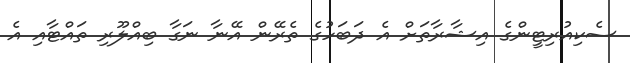
ސެކިއުރިޓީންގެ އިޝާރާތަށް އެ ދަބަހުގެ ތެރޭން އޭނާ ނަގާ ބިއްލޫރި ތައްޓާއި އެ